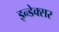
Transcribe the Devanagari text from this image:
इन्डेक्सर